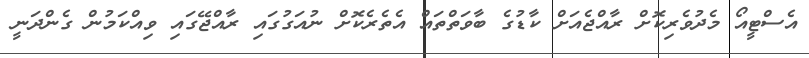
އެސްޓީއޯ މެދުވެރިކޮށް ރާއްޖެއަށް ކާޑުގެ ބާވަތްތައް އެތެރެކޮށް ނުއަގުގައި ރާއްޖޭގައި ވިއްކަމުން ގެންދަނީ